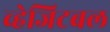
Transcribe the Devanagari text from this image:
व्हेजिटबल